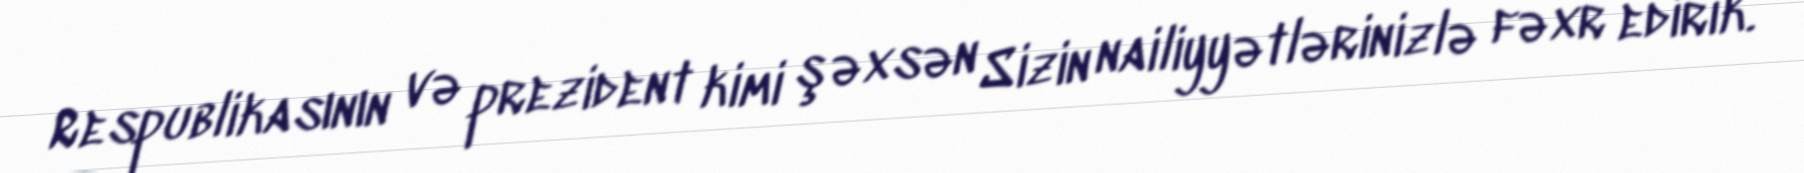
Respublikasının və prezident kimi şəxsən Sizin nailiyyətlərinizlə fəxr edirik.